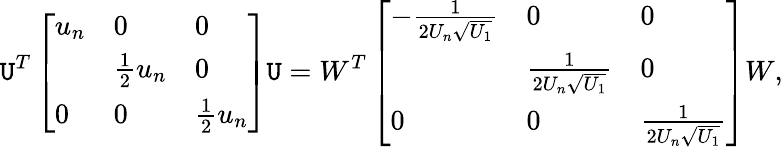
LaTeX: \mathtt{U}^{T}\left[\begin{array}{lll}{u_{n}}&{0}&{0}\\ &{\frac{1}{2}u_{n}}&{0}\\ {0}&{0}&{\frac{1}{2}u_{n}}\end{array}\right]\mathtt{U}=W^{T}\left[\begin{array}{lll}{-\frac{1}{2U_{n}\sqrt{U_{1}}}}&{0}&{0}\\ &{\frac{1}{2U_{n}\sqrt{U_{1}}}}&{0}\\ {0}&{0}&{\frac{1}{2U_{n}\sqrt{U_{1}}}}\end{array}\right]W,